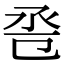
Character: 卺